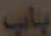
باب